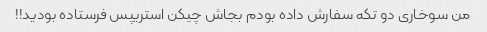
من سوخاری دو تکه سفارش داده بودم بجاش چیکن استریپس فرستاده بودید!!